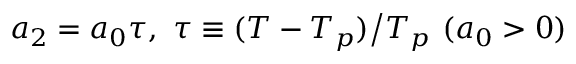
a _ { 2 } = a _ { 0 } \tau , \, \, \tau \equiv ( T - T _ { p } ) \big / T _ { p } \, \, ( a _ { 0 } > 0 )